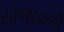
સોજાવાળી